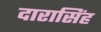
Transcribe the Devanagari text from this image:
दारासिंह